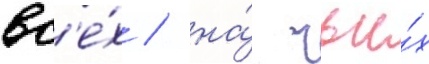
вс'е́х / на́ чьи́х